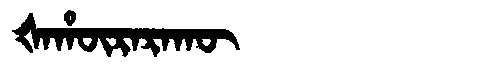
Manchu: ᡧᠠᡥᡡᡵᠠᡵᠠᡴᡡ
Romanization: ŠAHŪRARAKŪ